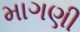
માગણી